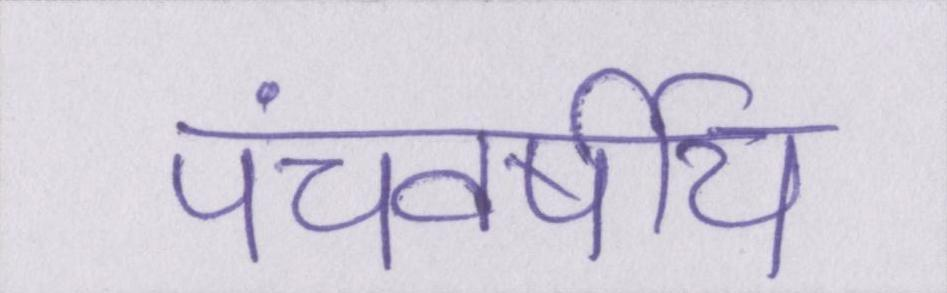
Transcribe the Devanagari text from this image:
पंचवर्षीय